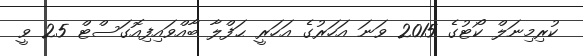
ކުރިމިނަލް ކޯޓުގެ 2015 ވަނަ އަހަރުގެ އަހަރީ ޙަފްލާ ބާއްވައިފިއޮގަސްޓް 25 ވީ